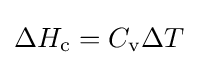
\Delta H_{\text{c}}=C_{\text{v}}\Delta T